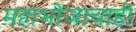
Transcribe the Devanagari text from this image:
महाभोजाचाही